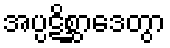
အပ္ပဋိစ္ဆာဒေတွာ